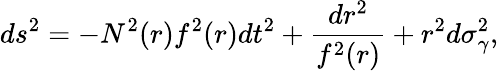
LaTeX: ds^{2}=-N^{2}(r)f^{2}(r)dt^{2}+\frac{dr^{2}}{f^{2}(r)}+r^{2}d\sigma_{\gamma}^{2},